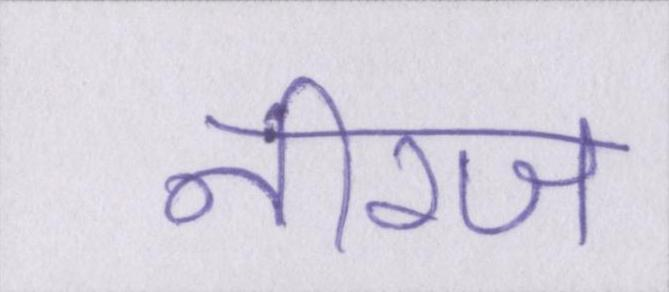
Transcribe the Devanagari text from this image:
नीरज